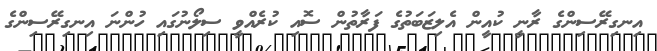
އިނގިރޭސިންގެ ރާނީ ކުއީން އެލިޒަބަތުގެ ފަރާތުން ސޮއި ކުރެއްވީ ސިލޯނުގައި ހުންނަ އިނގިރޭސިންގެ